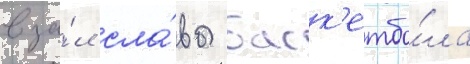
в за́л сла́вы баск'етбо́ла